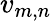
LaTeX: v_{m,n}